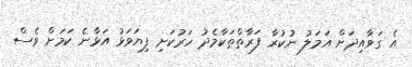
އެ ގަވާއިދަށް އަމަލު ނުކުރާ ފަރާތްތަކާމެދު ހަރުކަށި ފިޔަވަޅު އަޅާނެ ކަމަށް ވެސް